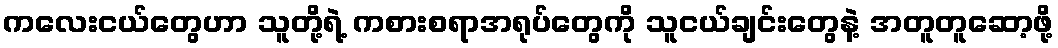
ကလေးငယ်တွေဟာ သူတို့ရဲ့ ကစားစရာအရုပ်တွေကို သူငယ်ချင်းတွေနဲ့ အတူတူဆော့ဖို့